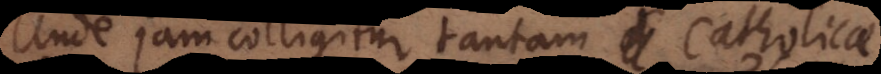
Unde jam colligitur tantam Catholicae